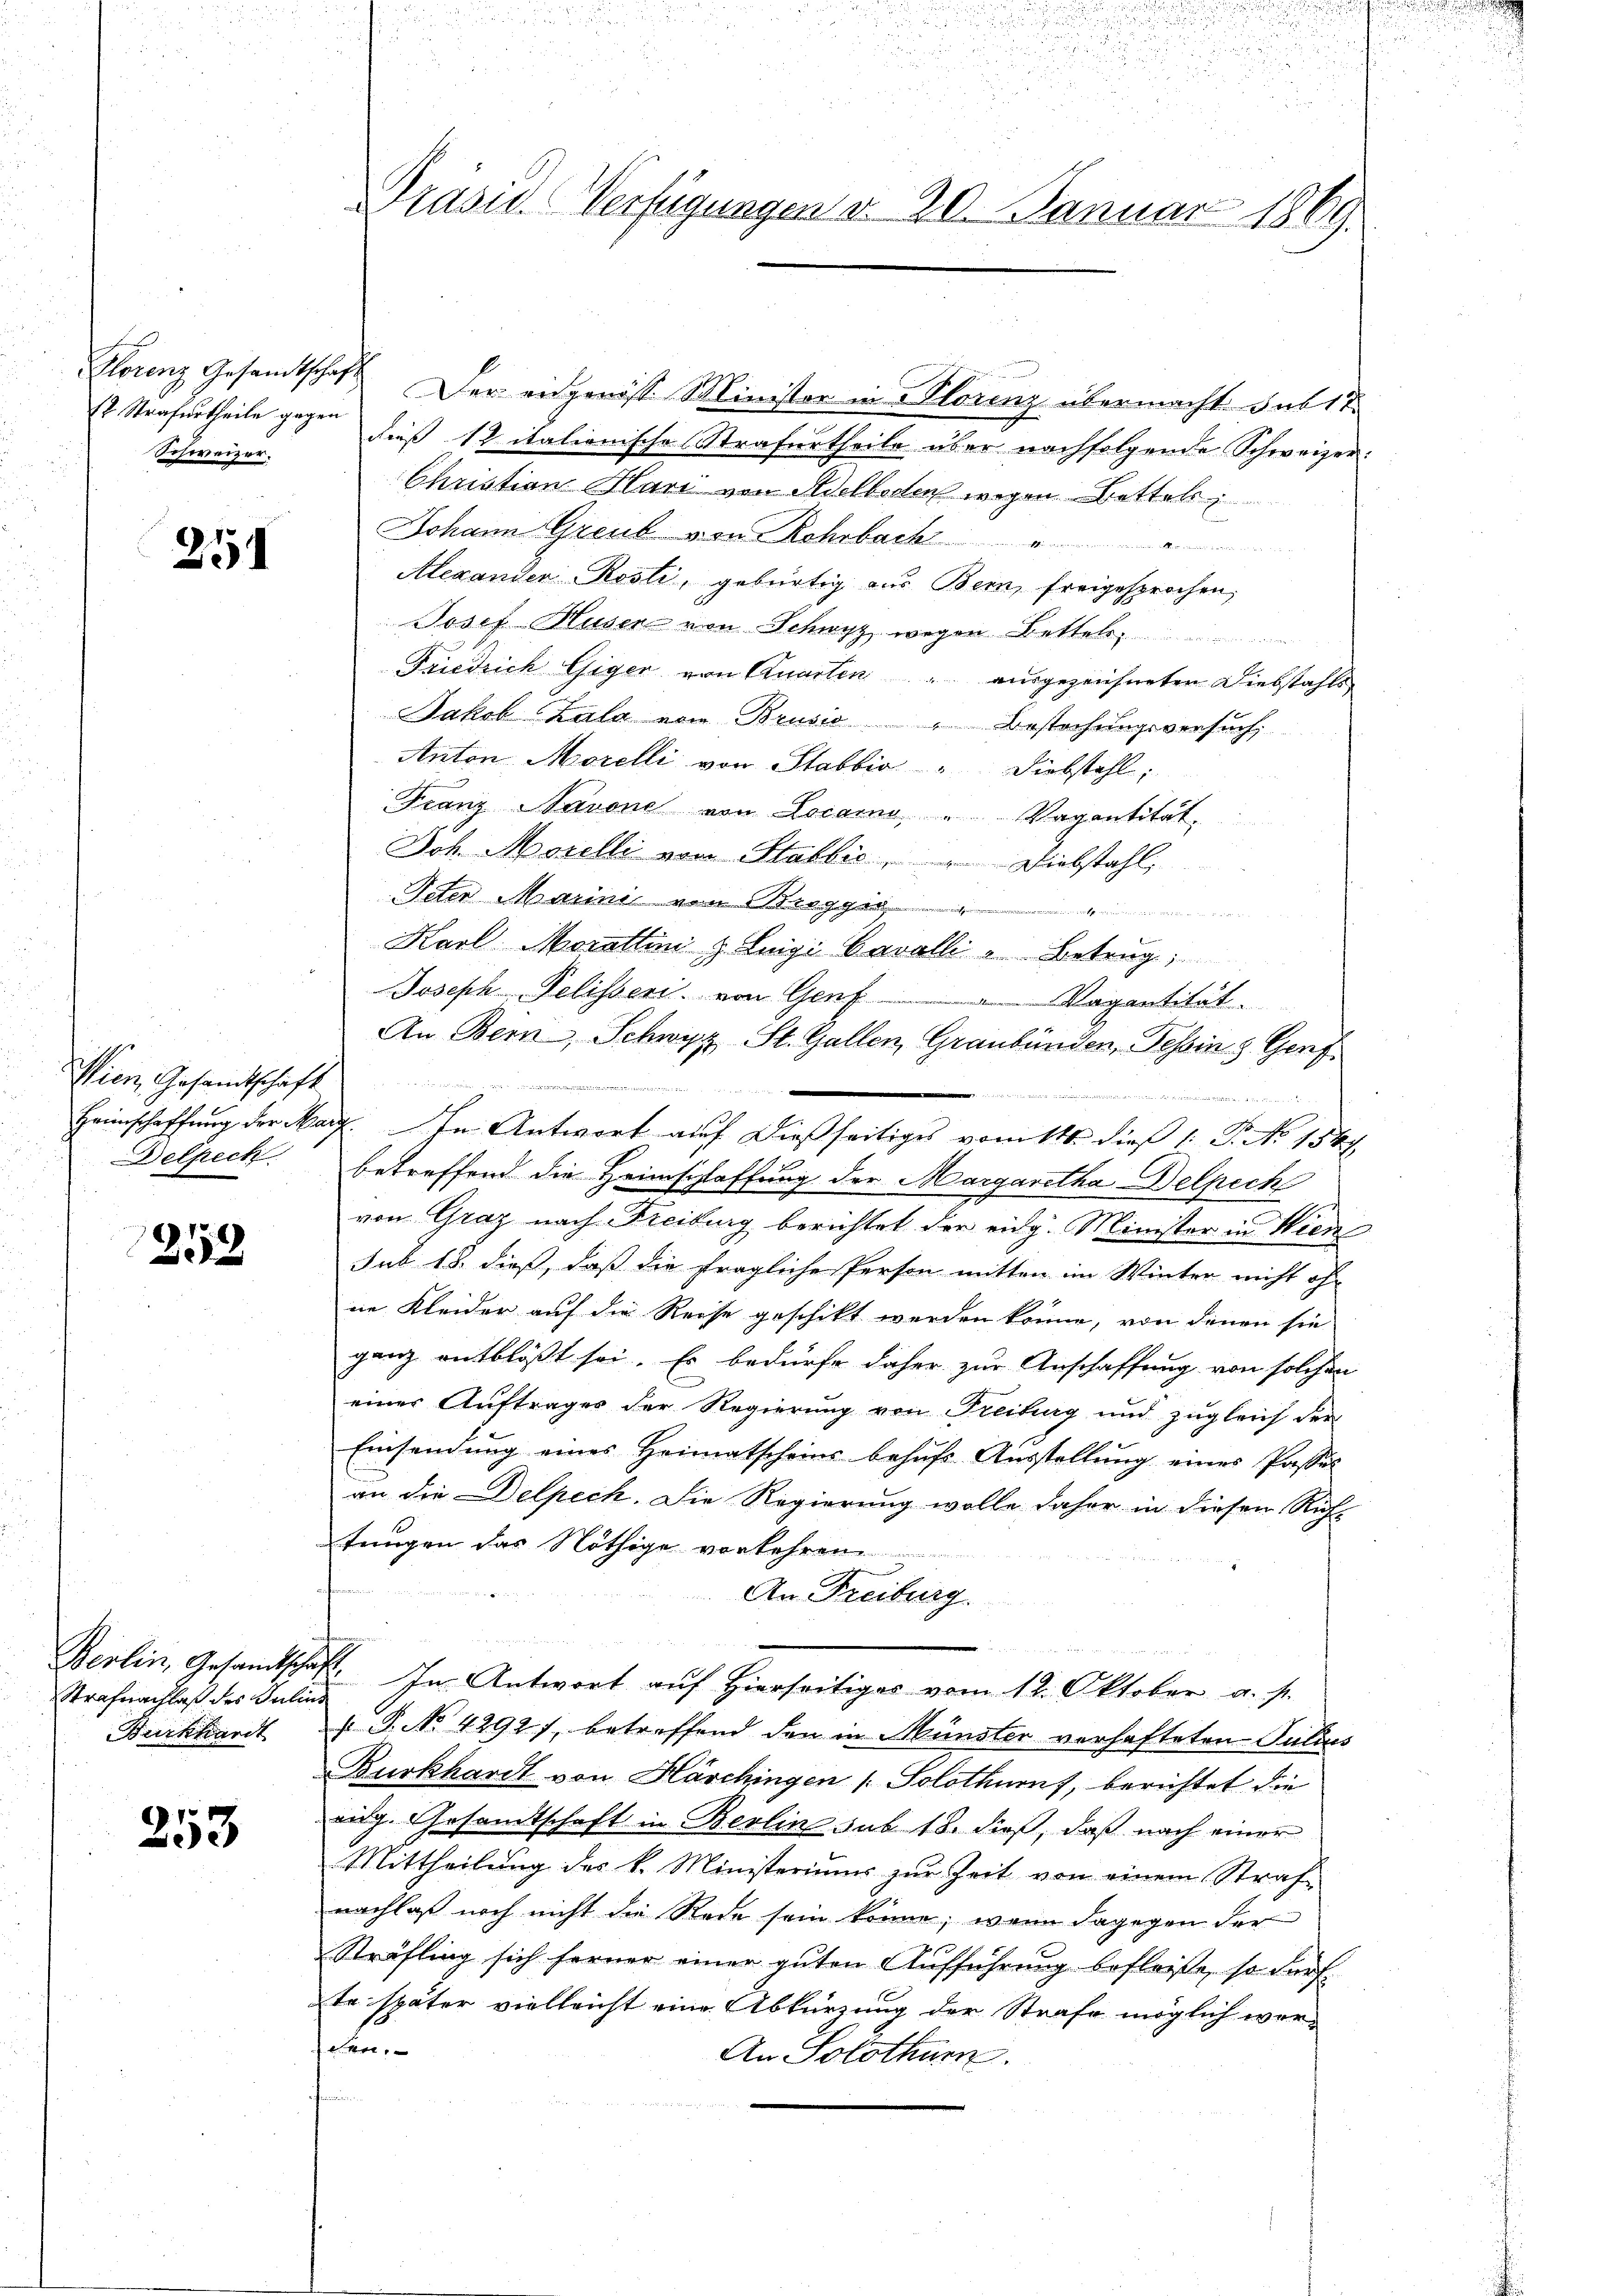
12 Strafurtheile gegen
Schweizer.

254

Wien, Gesandtschaft
Delpech

253

Strafnachlaß des Julius
Burkhardt

253

Prasus (Verfügungen d. 20. Januar 1869

u
ch
u

Florenz Gesandtschaft. Der eingerist Minister in Florenz übermacht. Sub 18
dieß 12 italienische Strafurtheile über nachfolgende Schweizer:
Christian Hari von Adelboden wegen Bettels
Johann Graub von Rohrback
Alexanden Rosti, gebürtig aus Bern, freigesprochen,
Josef-Huser von Schwyz wegen Bettels
Friedrich Giger von Quartin " ausgezeichneten Diebstahls
Jakob Zala vom Brusio Bestochungsversuch
Anton Morelli von Stabbia " Diebstahl;
Franz Navone von Locarno, " Vagantität.
Joh. Morelli von Stablis. Diebstahl,
Peter Marini von Bregge
Karl Morattin & Luigi Cavalli - Betrug,
Joseph Pelisseri, von Genf. Vagantität
An Bern, Schwyz, St. Gallen, Graubünden, Tessin 3 Genf
m
e
Heimschaffung der Mart. In Antwort auf dießseitiges von 11 dieß 1: P. No 1544.
betreffend die Heimschlaffung der Margaretha Delpech
von Graz nach Freiburg berichtet der eidg. Minister in Wien
sub 18. dieß, daß die fragliche Person mitten im Winter nicht ohn
ne Kleider auf die Reise geschikt werden könne, von denen sie
ganz entblößt sei. Es bedürfe daher zur Anschaffung von solchen
einer Auftrages der Regierung von Freiburg und zugleich der
Einsendung eines Heimatscheins behufs Ausstellung eines Passel
an die Delpech. Die Regierung wolle daher in diesen Rich-
tungen das Nöthige vorkehren.
An Freiburg.
Berlin, Gesandtschaft. In Antwort auf Hierseitiges vom 12. Oktober a. s.
. P. No 4292), betreffend den in Münster verhafteten Julius
Burkhardt von Haschingen (: Solothurns, berichtet die
eidg. Gesandtschaft in Berlin sub 18. dieß, daß nach einer
Mittheilung des k. Ministeriums zur Zeit von einem Straf-
nachlaß noch nicht die Rede sein könne; wenn dagegen der
Sträfling sich ferner einer guten Aŭfführung befleiße, so dürf
te später vielleicht eine Abkürzung der Strafe möglich wer-
ter.
An Solothurn.
r